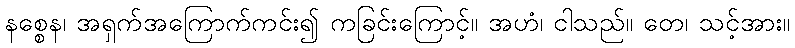
နစ္စေန၊ အရှက်အကြောက်ကင်း၍ ကခြင်းကြောင့်။ အဟံ၊ ငါသည်။ တေ၊ သင့်အား။